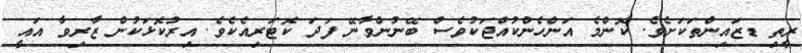
ރީތި ޑޒައިންތަކަށެވެ. ކޮންމެ އަންހެންކުއްޖަކުވެސް ބޭނުންވާނޭ ފަދަ ކޮޓަރިއެކެވެ. އިރުކޮޅަކުން ޒާރިވާ އައީ